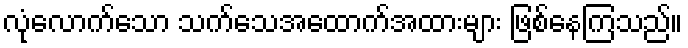
လုံလောက်သော သက်သေအထောက်အထားများ ဖြစ်နေကြသည်။